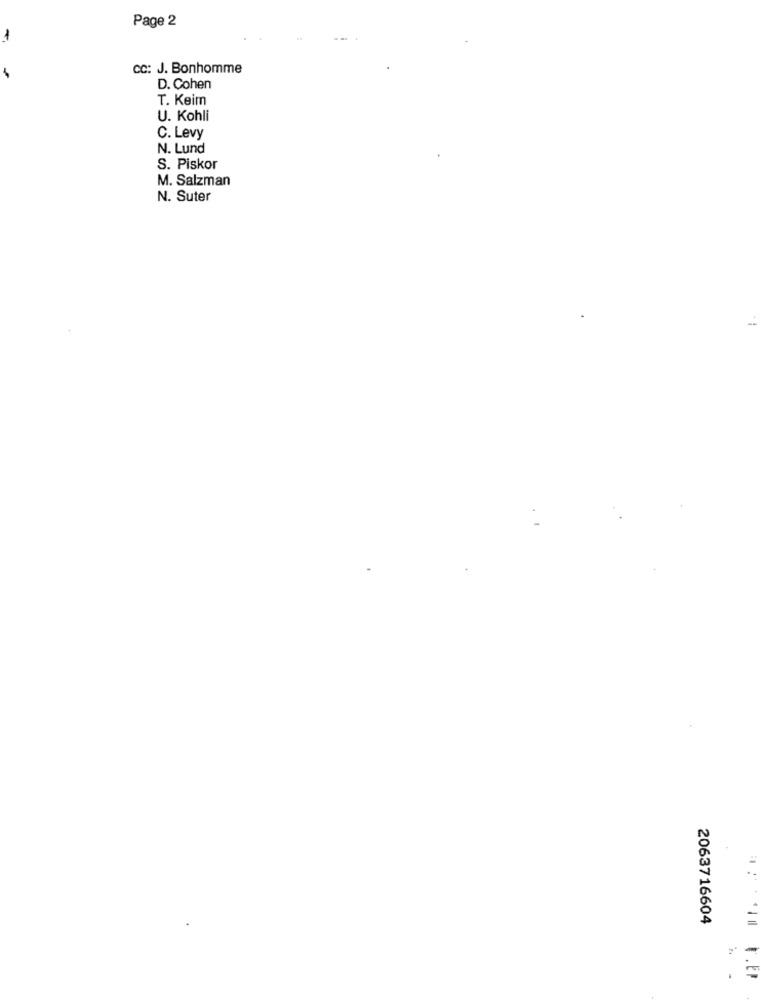
Page 2
CC: J. Bonhomme
D. Cohen
T. Keim
U. Kohli
C. Levy
N. Lund
S. Piskor
M. Salzman
N. Suter
2063716604
*In F.EP